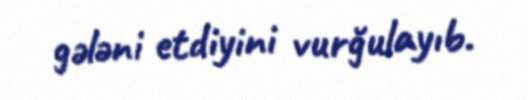
gələni etdiyini vurğulayıb.